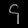
Digit: ၄